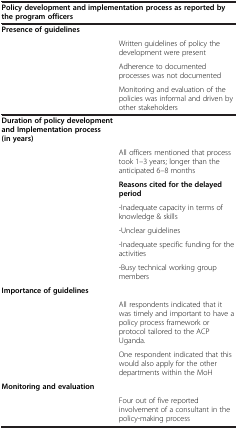
<table><thead><tr><td colspan="2"><b>Policy development and implementation process as reported by the program officers</b></td></tr></thead><tbody><tr><td><b>Presence of guidelines</b></td><td> </td></tr><tr><td> </td><td>Written guidelines of policy the development were present</td></tr><tr><td> </td><td>Adherence to documented processes was not documented</td></tr><tr><td> </td><td>Monitoring and evaluation of the policies was informal and driven by other stakeholders</td></tr><tr><td><b>Duration of policy development and Implementation process (in years)</b></td><td> </td></tr><tr><td> </td><td>All officers mentioned that process took 1–3 years; longer than the anticipated 6–8 months</td></tr><tr><td rowspan="5"> </td><td><b>Reasons cited for the delayed period</b></td></tr><tr><td>-Inadequate capacity in terms of knowledge &amp; skills</td></tr><tr><td>-Unclear guidelines</td></tr><tr><td>-Inadequate specific funding for the activities</td></tr><tr><td>-Busy technical working group members</td></tr><tr><td><b>Importance of guidelines</b></td><td> </td></tr><tr><td rowspan="2"> </td><td>All respondents indicated that it was timely and important to have a policy process framework or protocol tailored to the ACP Uganda.</td></tr><tr><td>One respondent indicated that this would also apply for the other departments within the MoH</td></tr><tr><td><b>Monitoring and evaluation</b></td><td> </td></tr><tr><td> </td><td>Four out of five reported involvement of a consultant in the policy-making process</td></tr></tbody></table>